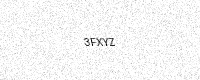
Text: 3FXYZ